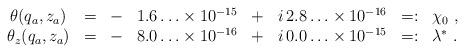
LaTeX: \begin{align*}\begin{array}{ccllllll}\theta (q_a,z_a)&=&-&1.6\ldots \times 10^{-15}&+&i\, 2.8\ldots \times 10^{-16}&=:&\chi _0~,\\ \theta _z(q_a,z_a)&=&-&8.0\ldots \times 10^{-16}&+&i\, 0.0\ldots \times 10^{-15}&=:&\lambda ^*~.\end{array}\end{align*}